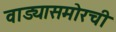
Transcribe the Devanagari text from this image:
वाड्यासमोरची